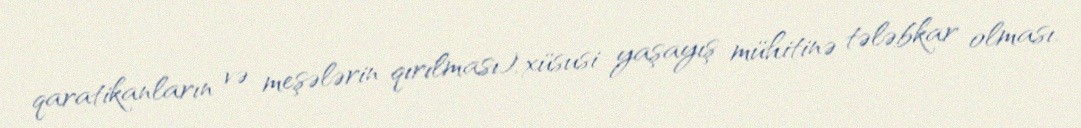
qaratikanların və meşələrin qırılması), xüsusi yaşayış mühitinə tələbkar olması.